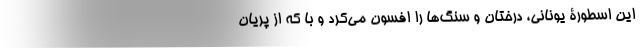
این اسطورۀ یونانی، درختان و سنگ‌ها را افسون می‌کرد و با که از پریان